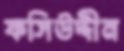
ফসিউদ্দীন